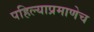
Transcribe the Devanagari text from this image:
पहिल्याप्रमाणेच